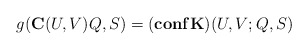
\begin{align*}g({\bf C}(U,V)Q,S) =({\bf conf}{\bf K})(U,V;Q,S) \end{align*}